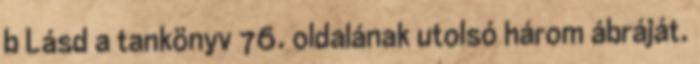
b Lásd a tankönyv 76. oldalának utolsó három ábráját.